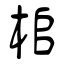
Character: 桘